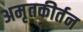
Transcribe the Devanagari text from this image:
अमृतकीर्तन